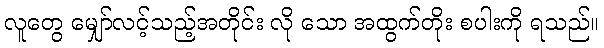
လူတွေ မျှော်လင့်သည့်အတိုင်း လို သော အထွက်တိုး စပါးကို ရသည်။